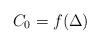
LaTeX: \begin{align*} C_0 = f(\Delta)\end{align*}